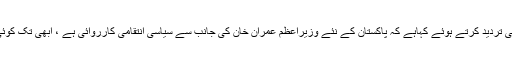
گزشتہ شب شہبازشریف کے بیٹے سلیمان شہباز نے تمام الزامات کی تردید کرتے ہوئے کہاہے کہ پاکستان کے نئے وزیراعظم عمران خان کی جانب سے سیاسی انتقامی کارروائی ہے ، ابھی تک کوئی الزام بھی ثابت نہیں ہواہے ، کرپشن کا کوئی بھی ثبوت نہیں ہے ۔